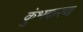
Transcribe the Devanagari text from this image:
कुंभकरण